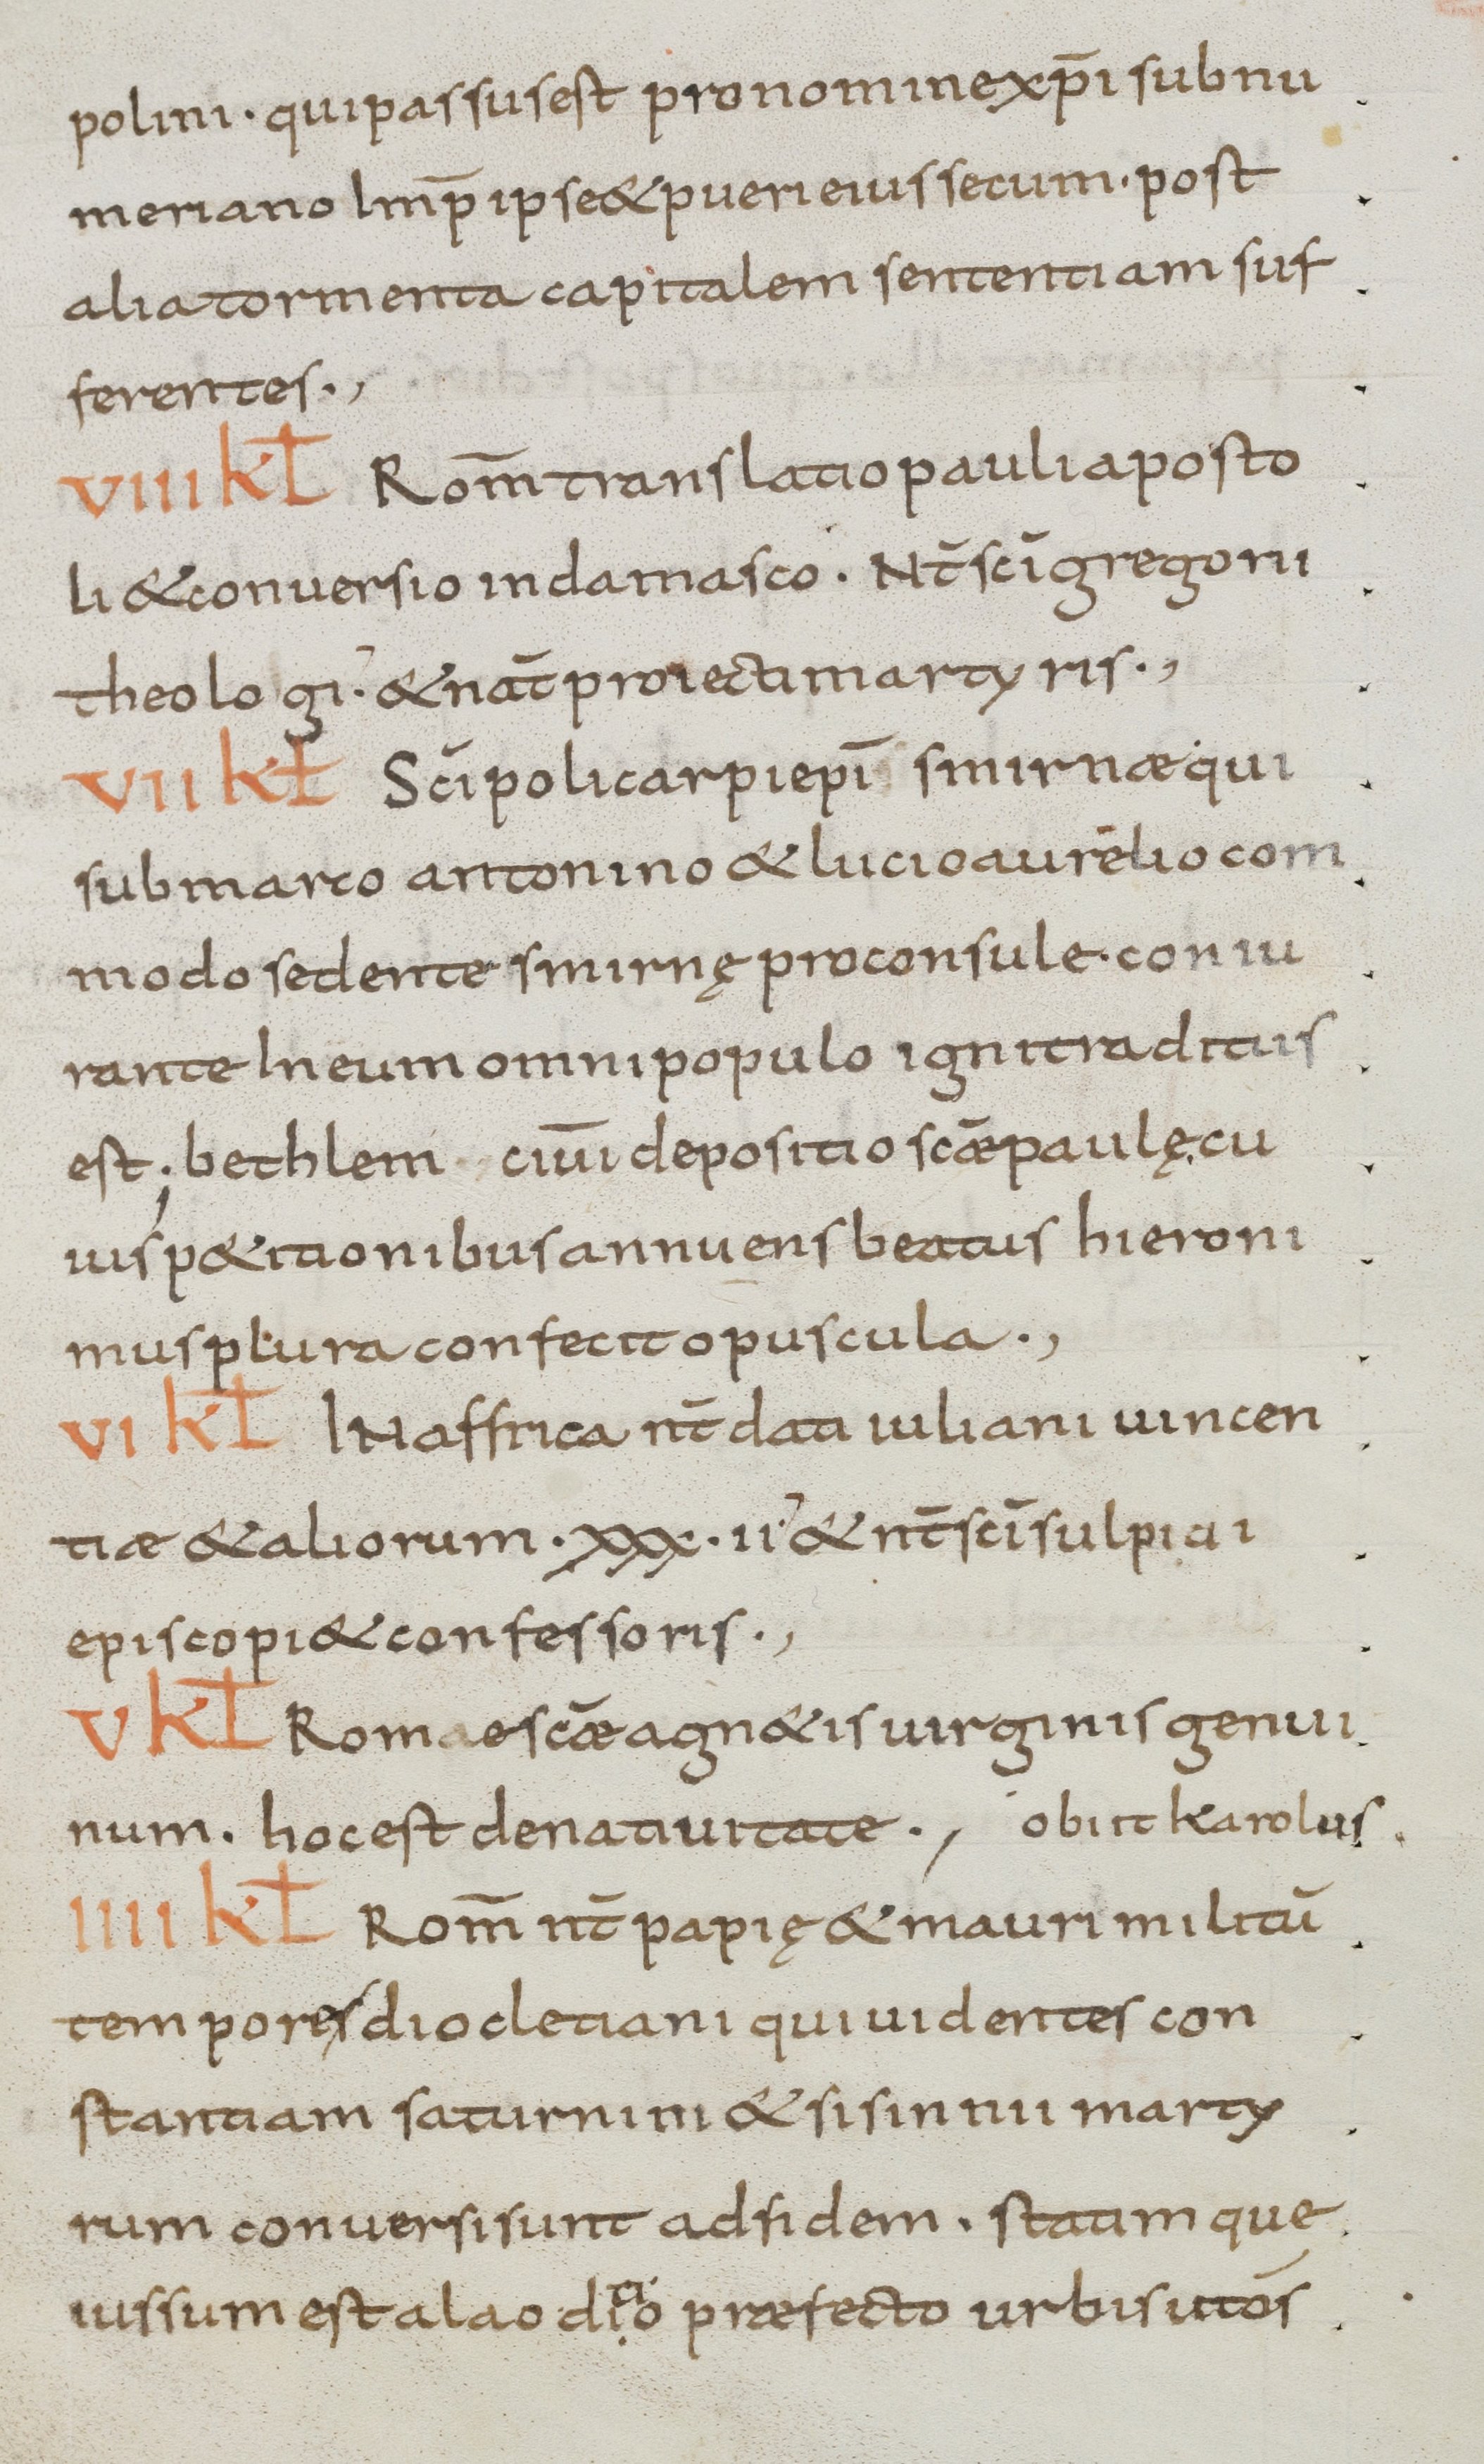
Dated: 800–899